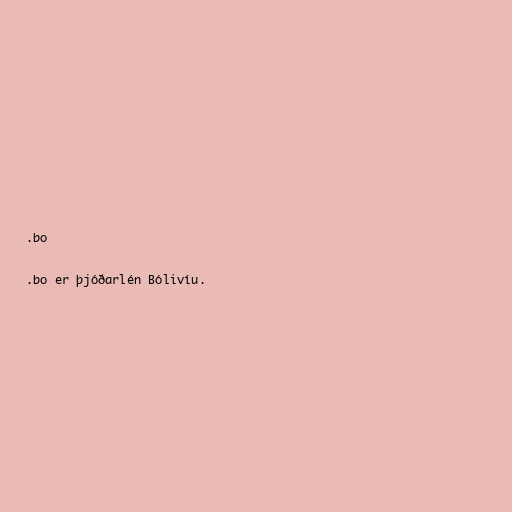
.bo

.bo er þjóðarlén Bólivíu.